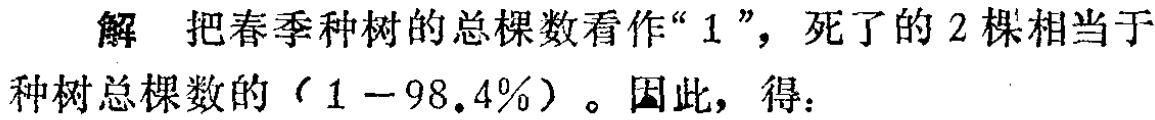
解 把春季种树的总棵数看作“$1$”，死了的$2$棵相当于种树总棵数的$(1 - 98.4\%)$。因此，得：